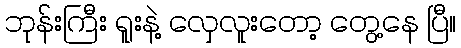
ဘုန်းကြီး ရူးနဲ့ လှေလူးတော့ တွေ့နေ ပြီ။